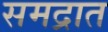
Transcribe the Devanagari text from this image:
समद्रात